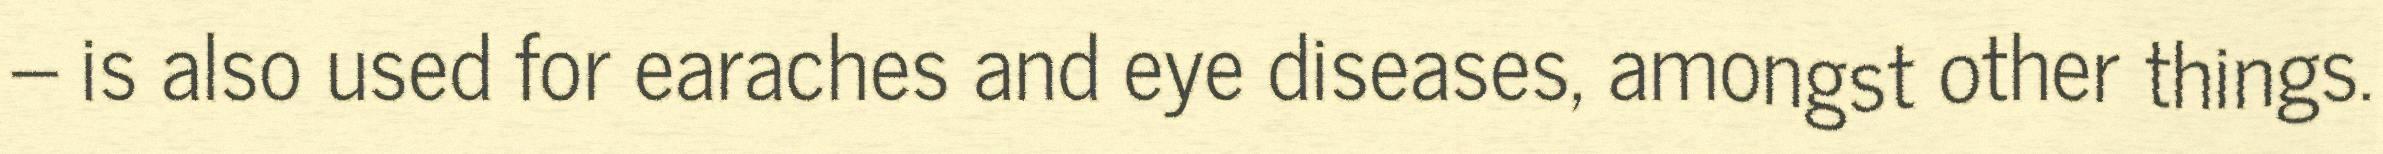
– is also used for earaches and eye diseases, amongst other things.